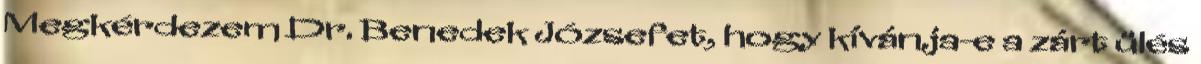
Megkérdezem Dr. Benedek Józsefet, hogy kívánja-e a zárt ülés